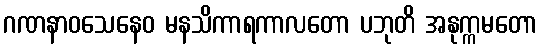
ဂဏနာဝသေနေဝ မနသိကာရကာလတော ပဘုတိ အနုက္ကမတော